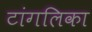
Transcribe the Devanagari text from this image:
टांगलिका